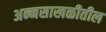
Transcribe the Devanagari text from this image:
अन्नसाखळीतील